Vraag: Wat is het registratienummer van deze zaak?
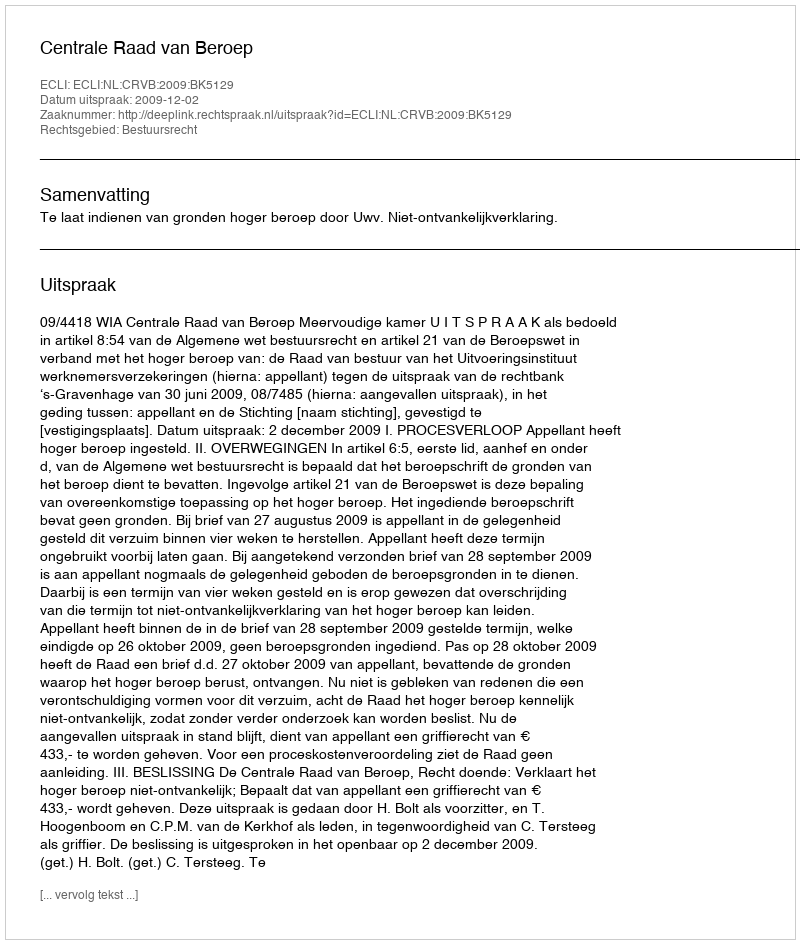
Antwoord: http://deeplink.rechtspraak.nl/uitspraak?id=ECLI:NL:CRVB:2009:BK5129